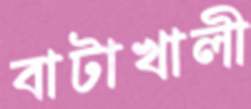
বাটাখালী